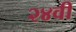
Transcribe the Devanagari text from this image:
२४वी